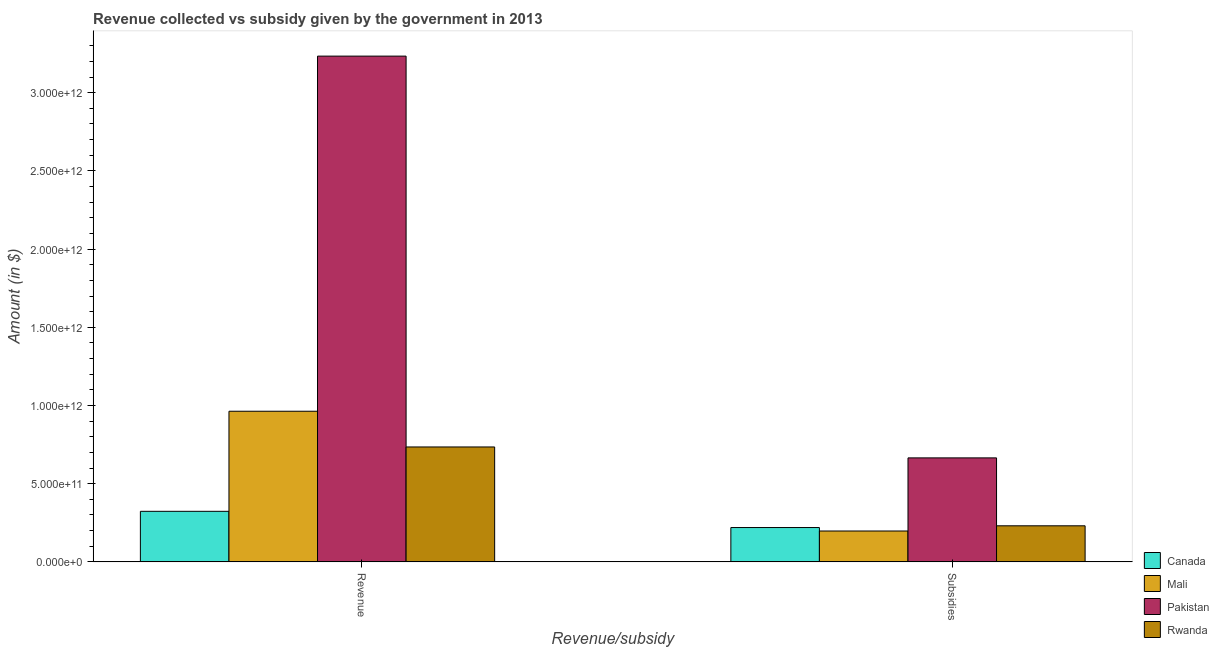
| Revenue/subsidy | Canada | Mali | Pakistan | Rwanda |
 | --- | --- | --- | --- | --- |
 | Revenue | 3.23e+11 | 9.63e+11 | 3.23e+12 | 7.35e+11 |
 | Subsidies | 2.2e+11 | 1.98e+11 | 6.65e+11 | 2.31e+11 |